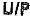
U/P